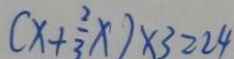
( x + \frac { 2 } { 3 } x ) \times 3 = 2 4